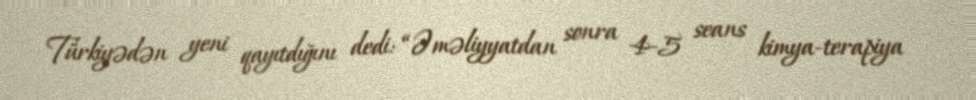
Türkiyədən yeni qayıtdığını dedi: “Əməliyyatdan sonra 4-5 seans kimya-terapiya